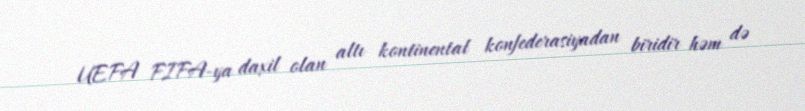
UEFA FIFA-ya daxil olan altı kontinental konfederasiyadan biridir həm də